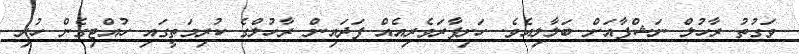
ވަގުތު ރާހުލް ނަޝްފާއަށް ބަލާލިއެވެ. ހަށިފާރަވެރިއެއް ފަދައިން ރާހުލްގެ ކުރިމަތީގައި ހުއްޓިގެން ހުރި